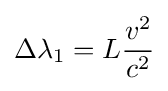
\Delta {\lambda }_{1}={L}{\frac {v^{2}}{c^{2}}}